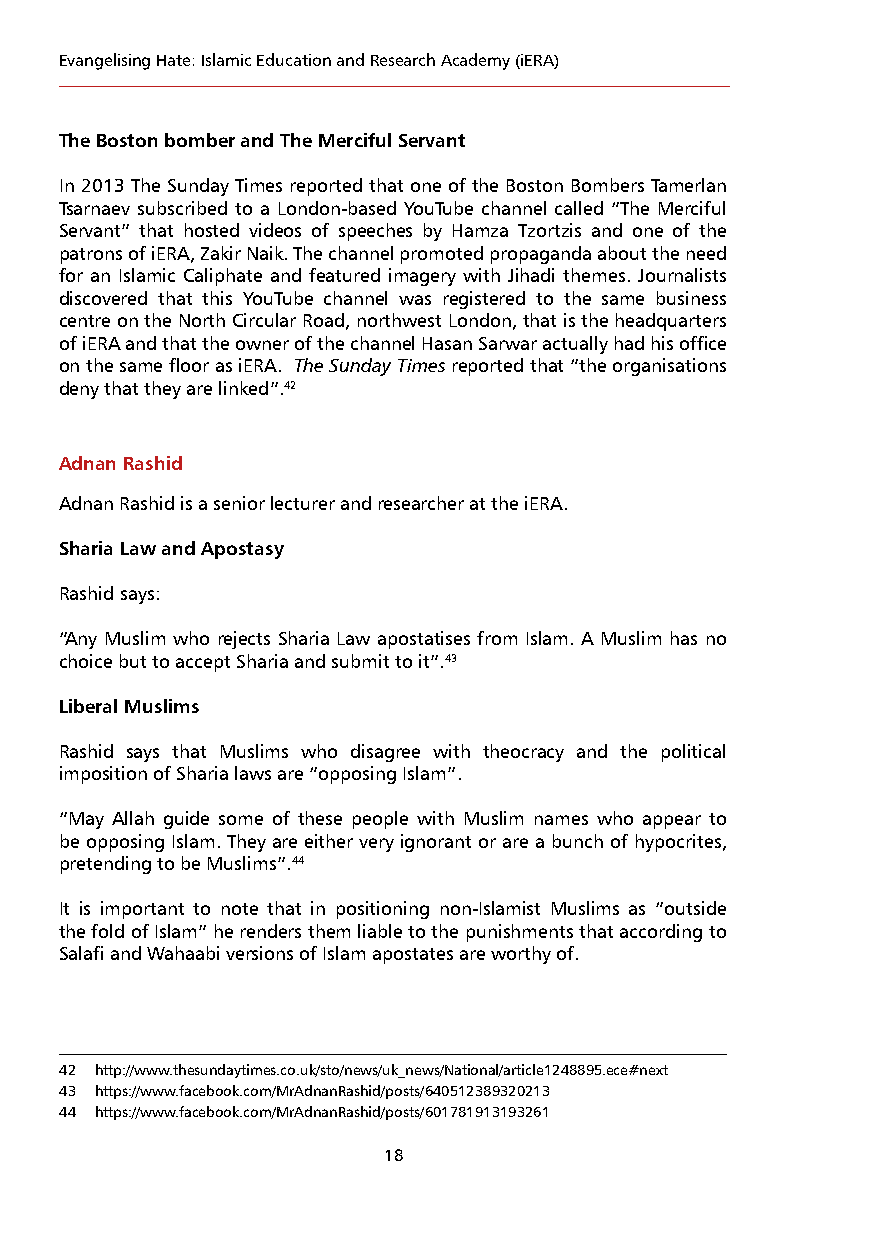
Evangelising Hate: Islamic Education and Research Academy (iERA)
 The Boston bomber and The Merciful Servant
 In 2013 The Sunday Times reported that one of the Boston Bombers Tamerlan
 Tsarnaev subscribed to a London-based YouTube channel called “The Merciful
 Servant” that hosted videos of speeches by Hamza Tzortzis and one of the
 patrons of iERA, Zakir Naik. The channel promoted propaganda about the need
 for an Islamic Caliphate and featured imagery with Jihadi themes. Journalists
 discovered that this YouTube channel was registered to the same business
 centre on the North Circular Road, northwest London, that is the headquarters
 of iERA and that the owner of the channel Hasan Sarwar actually had his office
 on the same floor as iERA. The Sunday Times reported that “the organisations
 deny that they are linked”.42
 Adnan Rashid
 Adnan Rashid is a senior lecturer and researcher at the iERA.
 Sharia Law and Apostasy
 Rashid says:
 “Any Muslim who rejects Sharia Law apostatises from Islam. A Muslim has no
 choice but to accept Sharia and submit to it”.43
 Liberal Muslims
 Rashid says that Muslims who disagree with theocracy and the political
 imposition of Sharia laws are “opposing Islam”.
 “May Allah guide some of these people with Muslim names who appear to
 be opposing Islam. They are either very ignorant or are a bunch of hypocrites,
 pretending to be Muslims”.44
 It is important to note that in positioning non-Islamist Muslims as “outside
 the fold of Islam” he renders them liable to the punishments that according to
 Salafi and Wahaabi versions of Islam apostates are worthy of.
 42 http://www.thesundaytimes.co.uk/sto/news/uk_news/National/article1248895.ece#next
 43 https://www.facebook.com/MrAdnanRashid/posts/640512389320213
 44 https://www.facebook.com/MrAdnanRashid/posts/601781913193261
 18